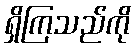
ရှိကြသည်ကို